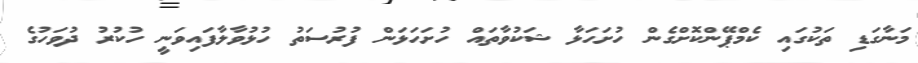
މަނާގަޑި ތަކުގައި ކެމްޕޭންކޮށްގެން ހުށަހަޅާ ޝަކުވާތައް ހުށަހަޅަން ފުރުސަތު ހުޅުވާލާފައިވަނީ ހުކުރު ދުވަހުގެ